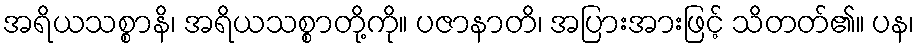
အရိယသစ္စာနိ၊ အရိယသစ္စာတို့ကို။ ပဇာနာတိ၊ အပြားအားဖြင့် သိတတ်၏။ ပန၊